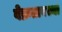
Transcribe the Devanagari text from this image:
वेक्रतावस्था